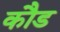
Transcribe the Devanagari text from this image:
कौड